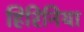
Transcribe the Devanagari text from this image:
हिरिनिया